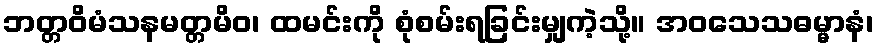
ဘတ္တဝိမံသနမတ္တမိဝ၊ ထမင်းကို စုံစမ်းရခြင်းမျှကဲ့သို့။ အဝသေသဓမ္မာနံ၊